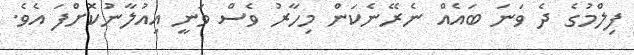
ފިލްމުގެ ދެ ވަނަ ބައެއް ނެރޭނެކަން މިހާރު ވެސް ވަނީ އިއުލާނުކޮށްފަ އެވެ.